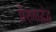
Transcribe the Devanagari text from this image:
प्रेरणाद्वंद्व